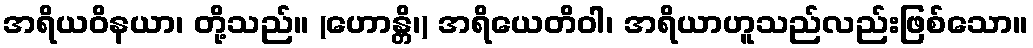
အရိယဝိနယာ၊ တို့သည်။ (ဟောန္တိ၊) အရိယေတိဝါ၊ အရိယာဟူသည်လည်းဖြစ်သော။